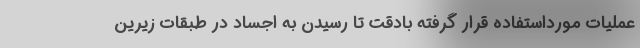
عملیات مورداستفاده قرار گرفته بادقت تا رسیدن به اجساد در طبقات زیرین